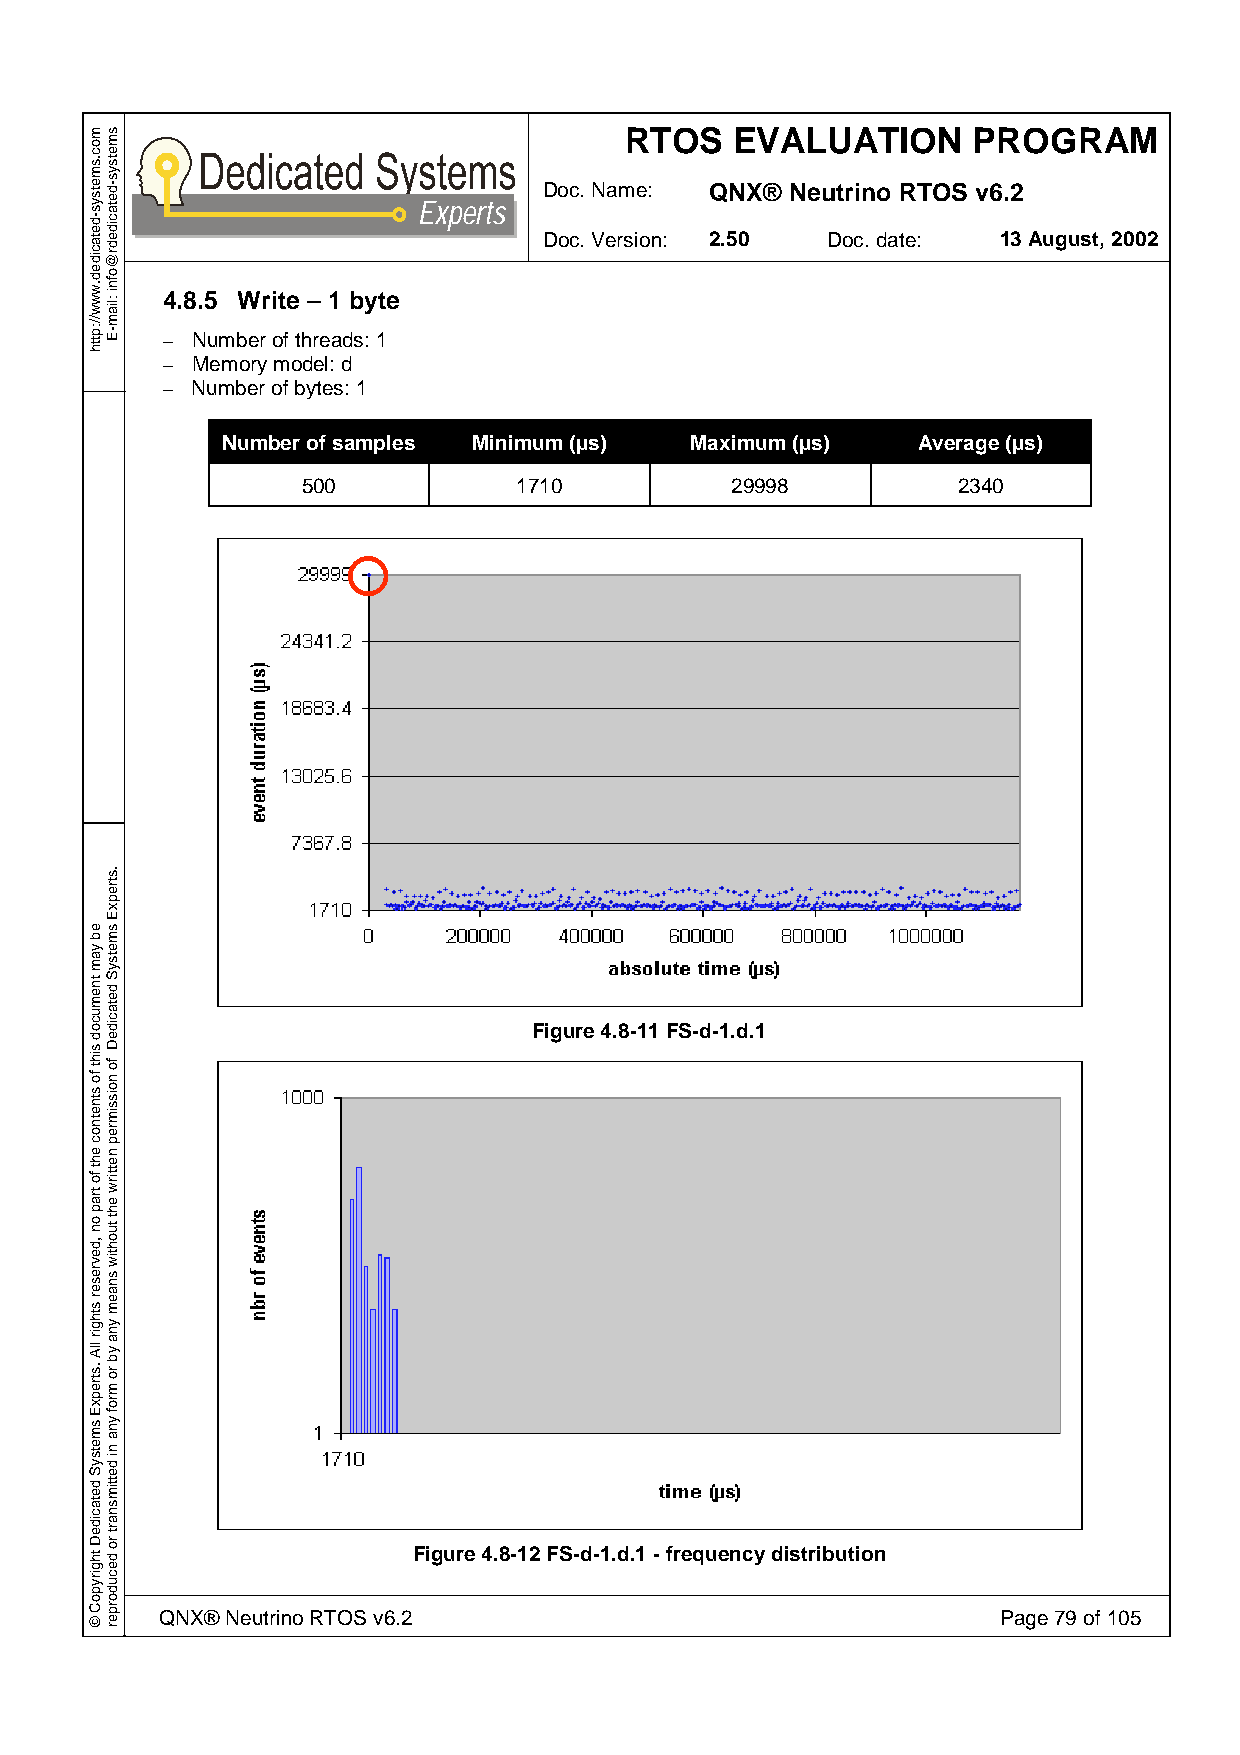
RTOS    EVALUATION     PROGRAM
 Doc. Name: QNX® Neutrino RTOS v6.2
 Experts
 Doc. Version: 2.50 Doc. date: 13 August, 2002
 4.8.5 Write – 1 byte
 – Number of threads: 1
 – Memory model: d
 – Number of bytes: 1
 Number of samples Minimum (µs) Maximum (µs)   Average (µs)
 500           1710          29998          2340
 Figure 4.8-11 FS-d-1.d.1
 Figure 4.8-12 FS-d-1.d.1 - frequency distribution
 QNX® Neutrino RTOS v6.2                                Page 79 of 105
 moc.smetsys-detacided.www//:ptth
 eb
 yam
 tnemucod
 siht
 fo
 stnetnoc
 eht
 fo
 trap
 on
 ,devreser
 sthgir
 llA
 .strepxE
 smetsyS
 detacideD
 thgirypoC
 ©
 smetsys-detacidedr@ofni
 :liam-E
 .strepxE
 smetsyS
 detacideD
 fo
 noissimrep
 nettirw
 eht
 tuohtiw
 snaem
 yna
 yb
 ro
 mrof
 yna
 ni
 dettimsnart
 ro
 decudorper